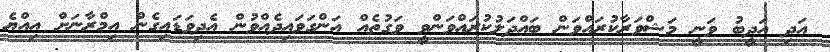
އަދި އަދީބު ވަނީ މަޝްވަރާކުރައްވަން ބައްދަލުކުރައްވަންވީ ވަގުތެއް އަންގަވައިދެއްވުން އެދިވަޑައިގެން އިމްރާނަށް އިއްޔެ